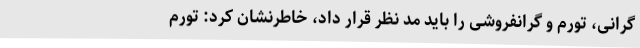
گرانی، تورم و گرانفروشی را باید مد نظر قرار داد،‌ خاطرنشان کرد: تورم